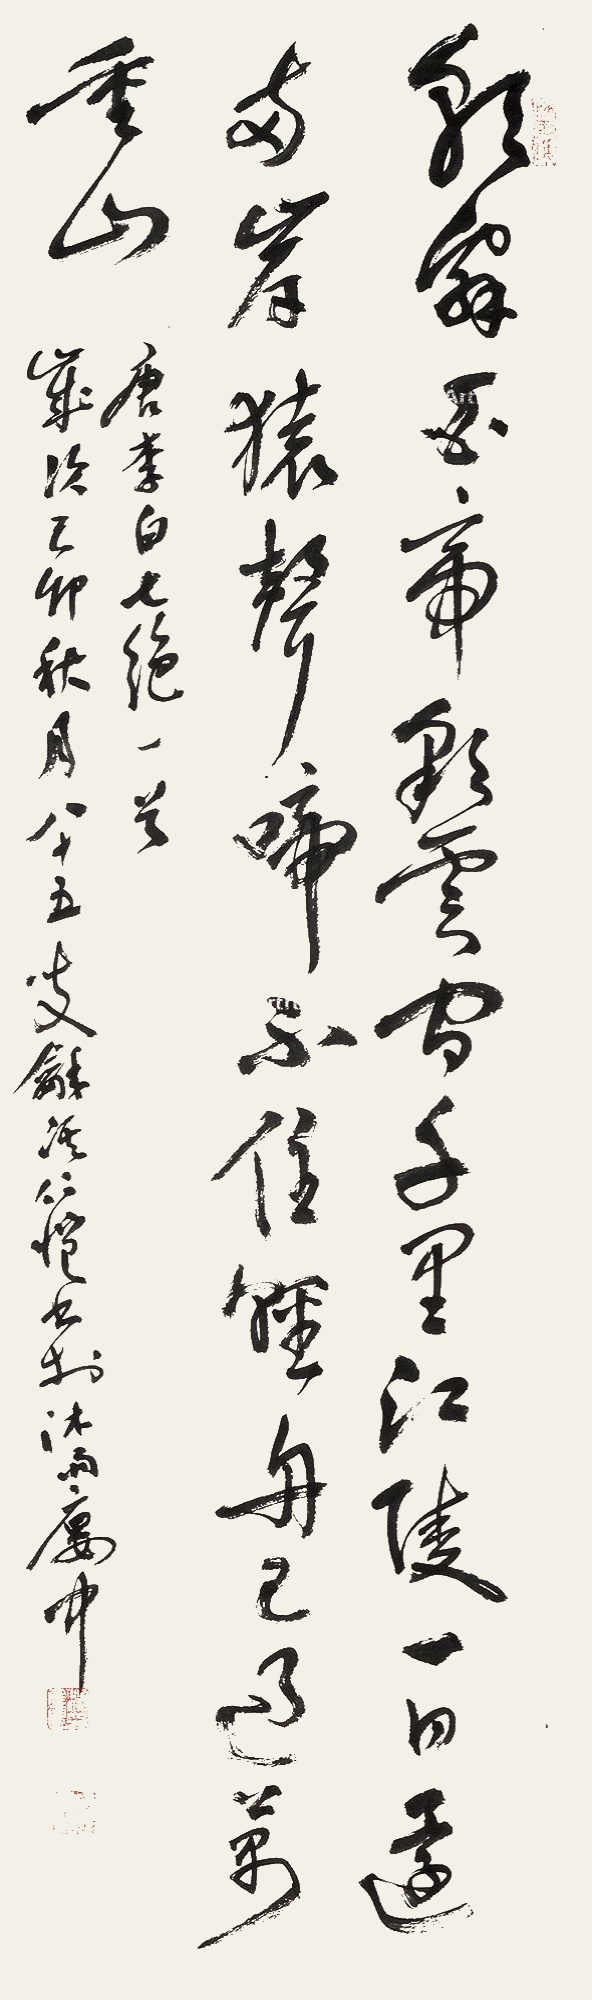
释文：朝辞白帝彩云间，千里江陵一日还。两岸猿声啼不住，轻舟已过万重山。唐李白七绝一首。岁次乙卯秋月，八十五叟和溪仁恺书于沐雨庐中。